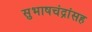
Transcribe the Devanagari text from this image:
सुभाषचंद्रांसह